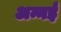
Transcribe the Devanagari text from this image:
अन्नई